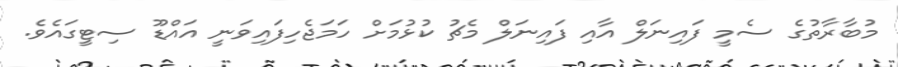
މުބާރާތުގެ ސެމީ ފައިނަލް އާއި ފައިނަލް މެޗު ކުޅުމަށް ހަމަޖެހިފައިވަނީ އައްޑޫ ސިޓީގައެވެ.